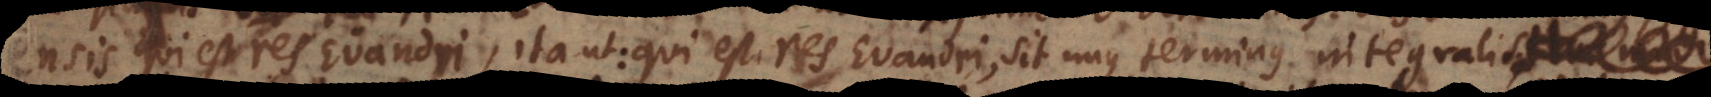
Ensis qui est res Evandri, ita ut: qui est res Evandri, sit unus terminus integralis